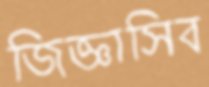
জিজ্ঞাসিব